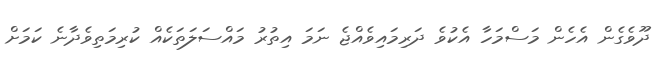
ދޫވެގެން އެހެން މަސްމަހާ އެކުވެ ދަރިމައިވެއްޖެ ނަމަ އިތުރު މައްސަލަތަކެއް ކުރިމަތިވެދާނެ ކަމަށް